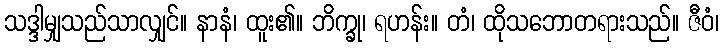
သဒ္ဒါမျှသည်သာလျှင်။ နာနံ၊ ထူး၏။ ဘိက္ခု၊ ရဟန်း။ တံ၊ ထိုသဘောတရားသည်။ ဇီဝံ၊